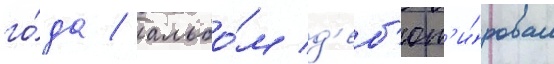
го́да / альбо́м д'еб'ют'и́ровал